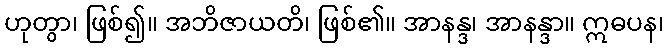
ဟုတွာ၊ ဖြစ်၍။ အဘိဇာယတိ၊ ဖြစ်၏။ အာနန္ဒ၊ အာနန္ဒာ။ ဣဓပန၊